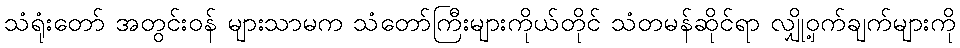
သံရုံးတော် အတွင်းဝန် များသာမက သံတော်ကြီးများကိုယ်တိုင် သံတမန်ဆိုင်ရာ လျှို့ဝှက်ချက်များကို